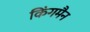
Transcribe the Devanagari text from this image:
किंगमैन